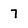
Character: 7